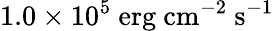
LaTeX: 1.0\times 10^{5}\ \mathrm{erg\ cm^{-2}\ s^{-1}}